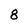
Character: 8